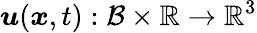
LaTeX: \boldsymbol{u}(\boldsymbol{x},t):\mathcal{B}\times\mathbb{R}\rightarrow\mathbb{R}^{3}